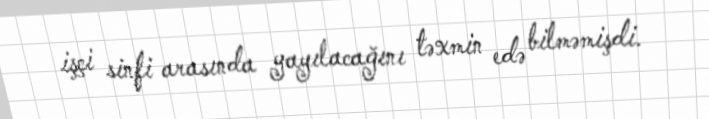
işçi sinfi arasında yayılacağını təxmin edə bilməmişdi.